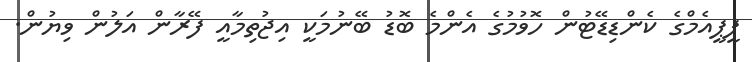
ޕީޕީއެމްގެ ކެންޑިޑޭޓުން ހޮވުމުގެ އެންމެ ބޮޑު ބޭނުމަކީ އިޖުތިމާއީ ފޭރާން އަލުން ވިޔުން.